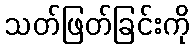
သတ်ဖြတ်ခြင်းကို